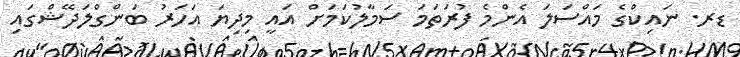
ޑރ. ނައިކްގެ މަައްސަލަ އެންމެ ފުރަތަމަ ސަމާލުކަމަށް އައީ މިދިޔަ އަހަރު ބަންގްލަދޭޝްގައި